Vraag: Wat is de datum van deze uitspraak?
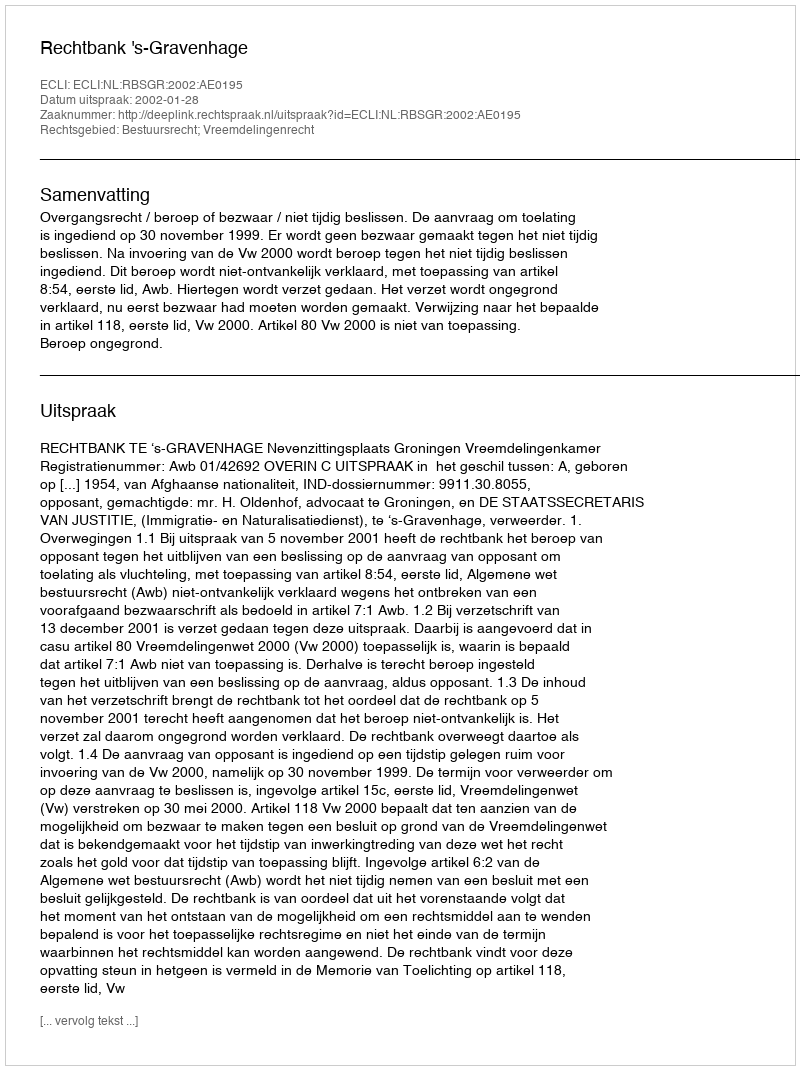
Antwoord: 2002-01-28